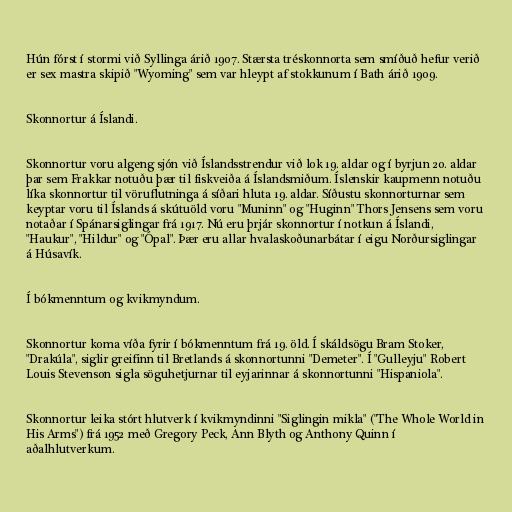
Hún fórst í stormi við Syllinga árið 1907. Stærsta tréskonnorta sem smíðuð hefur verið
er sex mastra skipið "Wyoming" sem var hleypt af stokkunum í Bath árið 1909.

Skonnortur á Íslandi.

Skonnortur voru algeng sjón við Íslandsstrendur við lok 19. aldar og í byrjun 20. aldar
þar sem Frakkar notuðu þær til fiskveiða á Íslandsmiðum. Íslenskir kaupmenn notuðu
líka skonnortur til vöruflutninga á síðari hluta 19. aldar. Síðustu skonnorturnar sem
keyptar voru til Íslands á skútuöld voru "Muninn" og "Huginn" Thors Jensens sem voru
notaðar í Spánarsiglingar frá 1917. Nú eru þrjár skonnortur í notkun á Íslandi,
"Haukur", "Hildur" og "Ópal". Þær eru allar hvalaskoðunarbátar í eigu Norðursiglingar
á Húsavík.

Í bókmenntum og kvikmyndum.

Skonnortur koma víða fyrir í bókmenntum frá 19. öld. Í skáldsögu Bram Stoker,
"Drakúla", siglir greifinn til Bretlands á skonnortunni "Demeter". Í "Gulleyju" Robert
Louis Stevenson sigla söguhetjurnar til eyjarinnar á skonnortunni "Hispaniola".

Skonnortur leika stórt hlutverk í kvikmyndinni "Siglingin mikla" ("The Whole World in
His Arms") frá 1952 með Gregory Peck, Ann Blyth og Anthony Quinn í
aðalhlutverkum.